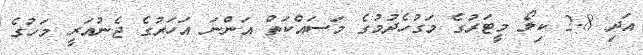
އަދި 2.8 ކިލޯ މީޓަރުގެ މަގުހެދުމުގެ މަސައްކަތް އަންނަ އަހަރުގެ ޖެނުއަރީ މަހުގެ